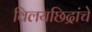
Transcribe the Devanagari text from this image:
विलयछिद्रांचे